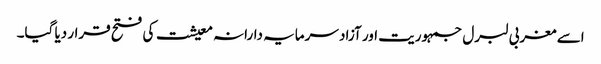
اسے مغربی لبرل جمہوریت اور آزاد سرمایہ دارانہ معیشت کی فتح قرار دیا گیا۔